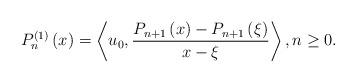
LaTeX: \begin{align*}P_{n}^{\left( 1\right) }\left( x\right) =\left\langle u_{0},\frac{P_{n+1}\left( x\right) -P_{n+1}\left( \xi \right) }{x-\xi }\right\rangle,n\geq 0. \end{align*}